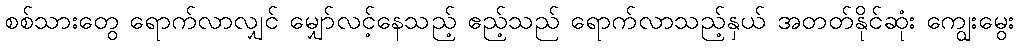
စစ်သားတွေ ရောက်လာလျှင် မျှော်လင့်နေသည့် ဧည့်သည် ရောက်လာသည့်နှယ် အတတ်နိုင်ဆုံး ကျွေးမွေး